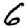
Digit: 6